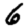
Digit: 6